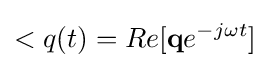
<q(t)=Re[\mathbf {q} e^{-j\omega t}]\